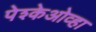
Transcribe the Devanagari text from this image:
पेश्केओव्हा